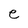
Character: e